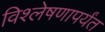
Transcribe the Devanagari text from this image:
विश्लेषणापर्यंत